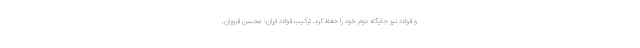
و فولاد نیز جایگاه دوم خود را حفظ کرد. ترکیب فولاد ایران: محسن فروزان،